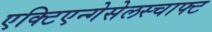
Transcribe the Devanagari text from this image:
एक्टिएन्गेसेलस्चाफ्ट